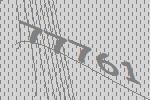
77761